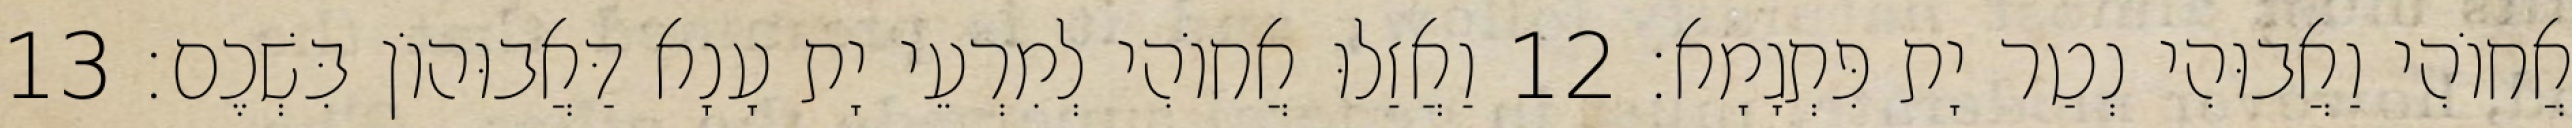
אֲחוֹהִי וַאֲבוּהִי נְטַר יָת פִּתְגָמָא׃ 12 וַאֲזַלוּ אֲחוֹהִי לְמִרְעֵי יָת עָנָא דַּאֲבוּהוֹן בִּשְׁכֶם׃ 13